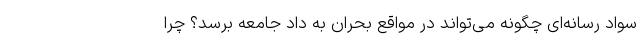
سواد رسانه‌ای چگونه می‌تواند در مواقع بحران به داد جامعه برسد؟ چرا